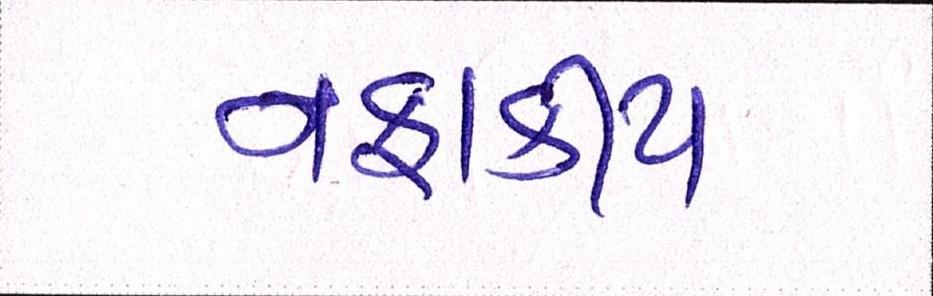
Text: નફાકીય